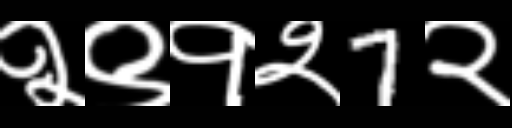
Text: २९१२7२